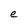
Character: e